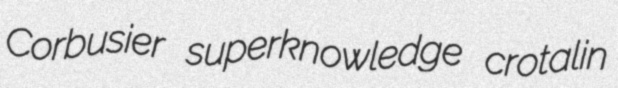
Corbusier superknowledge crotalin